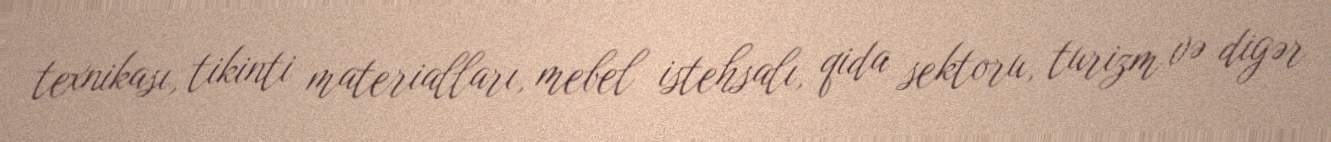
texnikası, tikinti materialları, mebel istehsalı, qida sektoru, turizm və digər